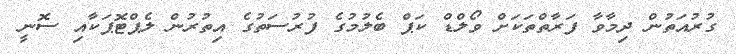
ގުރުއަތުން ދިމާވާ ފަރާތްތަކަށް ވޯލްޑް ކަޕް ބެލުމުގެ ފުރުސަތުގެ އިތުރުން ލެޕްޓޮޕަކާއި ސޮނީ